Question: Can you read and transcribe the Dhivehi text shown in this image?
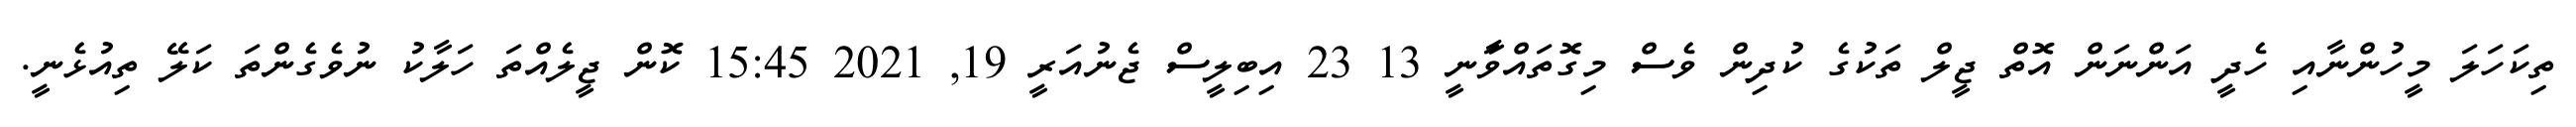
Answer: ތިކަހަލަ މީހުންނާއި ހެދީ އަންނަން އޮތް ޖީލް ތަކުގެ ކުދިން ވެސް މިގޮތައްވަާނީ 13 23 އިބިލީސް ޖެނުއަރީ 19, 2021 15:45 ކޮން ޖީލެއްތަ ހަލާކު ނުވެގެންތަ ކަލޭ ތިއުޅެނީ.